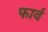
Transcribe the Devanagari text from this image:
फार्व